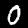
Label: 0